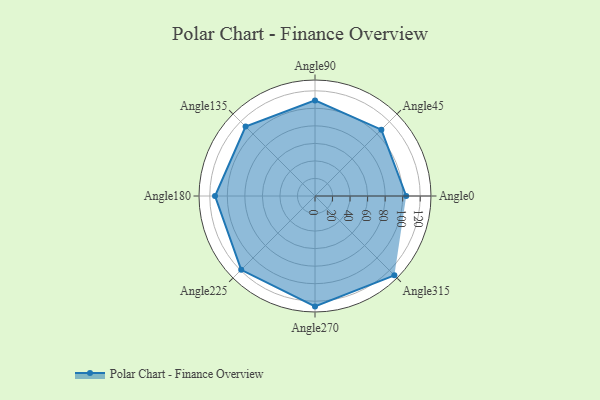
{"axis": {"x": "Angle", "y": "Radius"}, "legend": [""], "data": [{"x": "Angle0", "y": 104.0, "type": ""}, {"x": "Angle45", "y": 107.0, "type": ""}, {"x": "Angle90", "y": 109.0, "type": ""}, {"x": "Angle135", "y": 112.0, "type": ""}, {"x": "Angle180", "y": 114.0, "type": ""}, {"x": "Angle225", "y": 119.0, "type": ""}, {"x": "Angle270", "y": 126.0, "type": ""}, {"x": "Angle315", "y": 128.0, "type": ""}]}